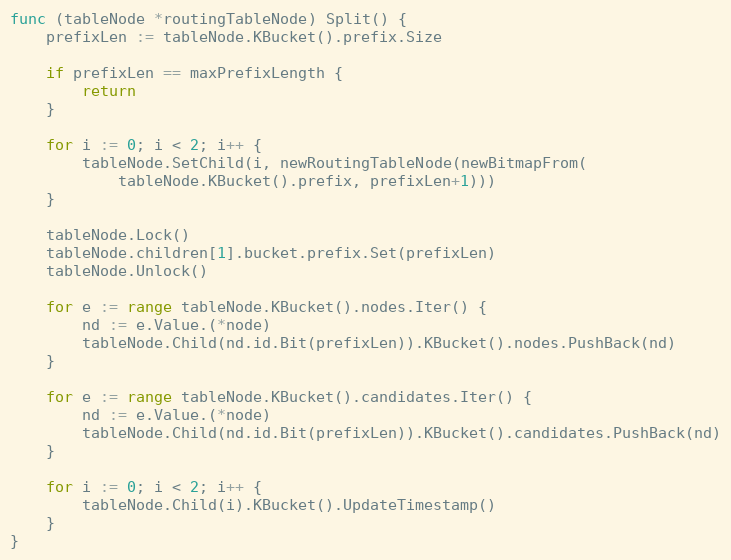
Language: Go
func (tableNode *routingTableNode) Split() {
	prefixLen := tableNode.KBucket().prefix.Size

	if prefixLen == maxPrefixLength {
		return
	}

	for i := 0; i < 2; i++ {
		tableNode.SetChild(i, newRoutingTableNode(newBitmapFrom(
			tableNode.KBucket().prefix, prefixLen+1)))
	}

	tableNode.Lock()
	tableNode.children[1].bucket.prefix.Set(prefixLen)
	tableNode.Unlock()

	for e := range tableNode.KBucket().nodes.Iter() {
		nd := e.Value.(*node)
		tableNode.Child(nd.id.Bit(prefixLen)).KBucket().nodes.PushBack(nd)
	}

	for e := range tableNode.KBucket().candidates.Iter() {
		nd := e.Value.(*node)
		tableNode.Child(nd.id.Bit(prefixLen)).KBucket().candidates.PushBack(nd)
	}

	for i := 0; i < 2; i++ {
		tableNode.Child(i).KBucket().UpdateTimestamp()
	}
}